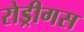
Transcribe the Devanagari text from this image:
रोड्रीगस